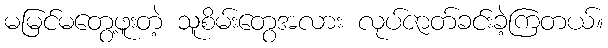
မမြင်မတွေ့ဖူးတဲ့ သူစိမ်းတွေအလား လုပ်ဇာတ်ခင်းခဲ့ကြတယ်။